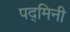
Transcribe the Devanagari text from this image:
पद्‌मिनी